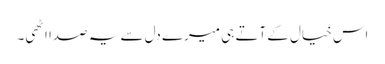
اس خیال کے آتے ہی میرے دل سے یہ صدا اٹھی۔